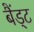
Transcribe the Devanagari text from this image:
बैंड्ट